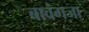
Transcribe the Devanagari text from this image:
बावंगजा